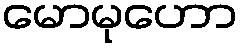
မောမုဟော